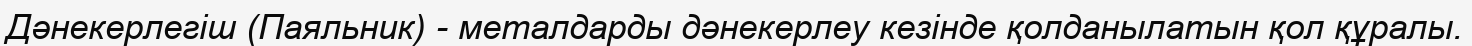
Дәнекерлегіш (Паяльник) - металдарды дәнекерлеу кезінде қолданылатын қол құралы.